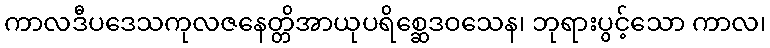
ကာလဒီပဒေသကုလဇနေတ္တိအာယုပရိစ္ဆေဒဝသေန၊ ဘုရားပွင့်သော ကာလ၊